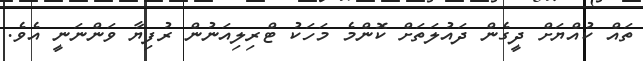
ތައް ކުއްޔަށް ދީގެން ދައުލަތަށް ކޮންމެ މަހަކު ޓްރިލިއަނުން ރުފިޔާ ވަންނަނީ އެވެ.